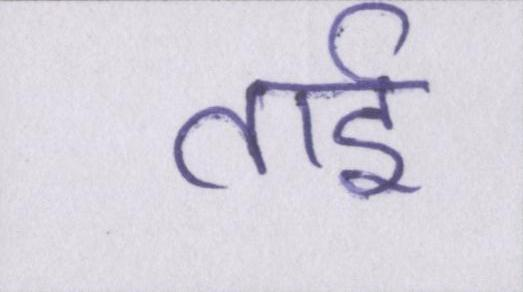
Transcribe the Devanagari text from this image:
ताई